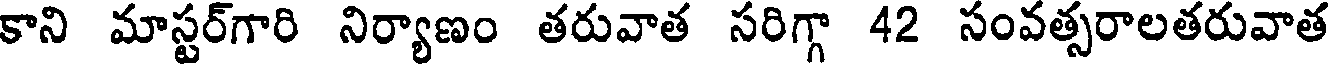
కాని మాస్టర్గారి నిర్యాణం తరువాత సరిగ్గా 42 సంవత్సరాలతరువాత